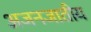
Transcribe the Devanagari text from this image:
अजनजातीय